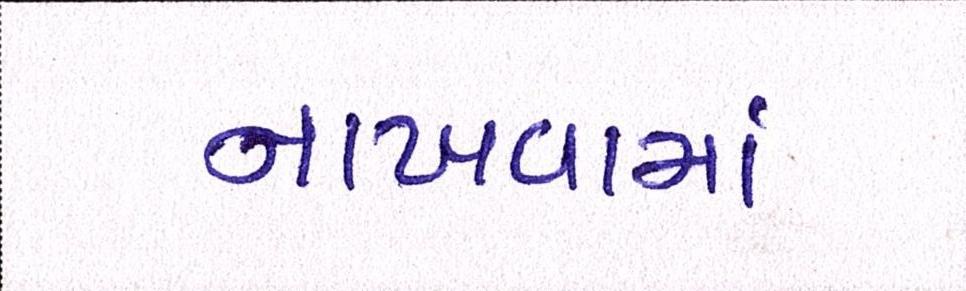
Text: નાખવામાં